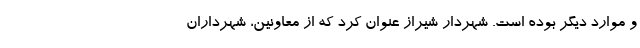
و موارد دیگر بوده است. شهردار شیراز عنوان کرد که از معاونین، شهرداران